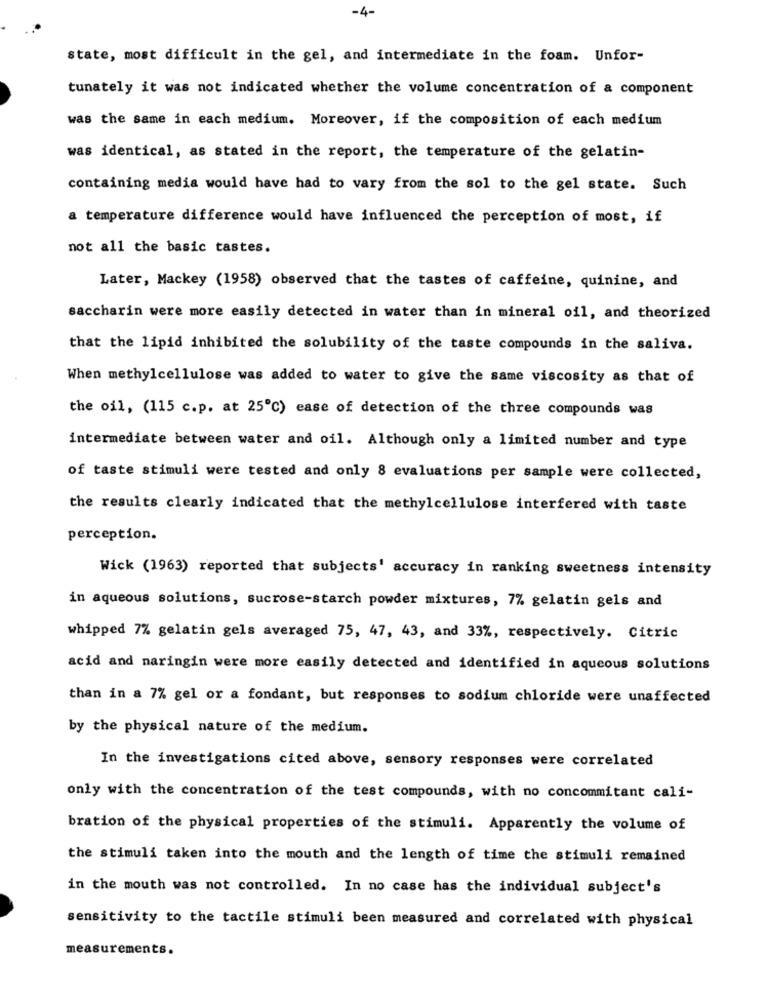
-4-
state, most difficult in the gel, and intermediate in the foam. Unfor-
tunately it was not indicated whether the volume concentration of a component
was the same in each medium. Moreover, if the composition of each medium
was identical, as stated in the report, the temperature of the gelatin-
containing media would have had to vary from the sol to the gel state. Such
a temperature difference would have influenced the perception of most, if
not all the basic tastes.
Later, Mackey (1958) observed that the tastes of caffeine, quinine, and
saccharin were more easily detected in water than in mineral oil, and theorized
that the lipid inhibited the solubility of the taste compounds in the saliva.
When methylcellulose was added to water to give the same viscosity as that of
the oil, (115 c.p. at 25℃) ease of detection of the three compounds was
intermediate between water and oil. Although only a limited number and type
of taste stimuli were tested and only 8 evaluations per sample were collected,
the results clearly indicated that the methylcellulose interfered with taste
perception.
Wick (1963) reported that subjects' accuracy in ranking sweetness intensity
in aqueous solutions, sucrose-starch powder mixtures, 7% gelatin gels and
whipped 7% gelatin gels averaged 75, 47, 43, and 33%, respectively. Citric
acid and naringin were more easily detected and identified in aqueous solutions
than in a 7% gel or a fondant, but responses to sodium chloride were unaffected
by the physical nature of the medium.
In the investigations cited above, sensory responses were correlated
only with the concentration of the test compounds, with no concommitant cali-
bration of the physical properties of the stimuli. Apparently the volume of
the stimuli taken into the mouth and the length of time the stimuli remained
in the mouth was not controlled. In no case has the individual subject's
sensitivity to the tactile stimuli been measured and correlated with physical
measurements.